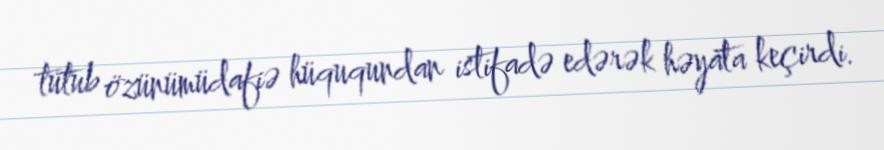
tutub özünümüdafiə hüququndan istifadə edərək həyata keçirdi.